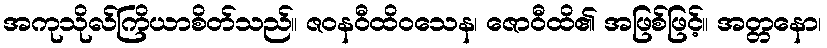
အကုသိုလ်ကြိယာစိတ်သည်။ ဇဝနဝီထိဝသေန၊ ဇောဝီထိ၏ အဖြစ်ဖြင့်။ အတ္တနော၊